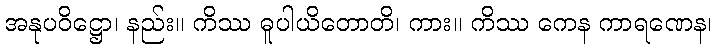
အနုပဝိဋ္ဌော၊ နည်း။ ကိဿ ဓူပါယိတောတိ၊ ကား။ ကိဿ ကေန ကာရဏေန၊